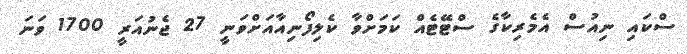
ސްކައި ނިއުސް އެމެރިކާގެ ސްޓޭޓެއް ކަމަށްވާ ކެލިފޯނިއާއަށްވަނީ 27 ޖެނުއަރީ 1700 ވަނަ